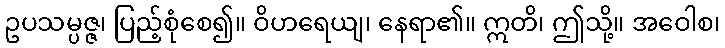
ဥပသမ္ပဇ္ဇ၊ ပြည့်စုံစေ၍။ ဝိဟရေယျ၊ နေရာ၏။ ဣတိ၊ ဤသို့။ အဝေါစ၊